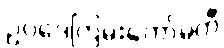
ဥပဒေကြမ်းကော်မတီ